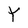
Character: Y